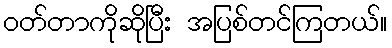
ဝတ်တာကိုဆိုပြီး အပြစ်တင်ကြတယ်။